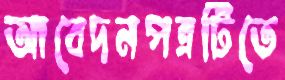
আবেদনপত্রটিতে